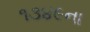
૧૩૪૯ના